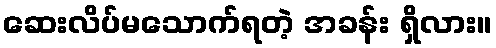
ဆေးလိပ်မသောက်ရတဲ့ အခန်း ရှိလား။